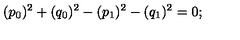
( p _ { 0 } ) ^ { 2 } + ( q _ { 0 } ) ^ { 2 } - ( p _ { 1 } ) ^ { 2 } - ( q _ { 1 } ) ^ { 2 } = 0 ;